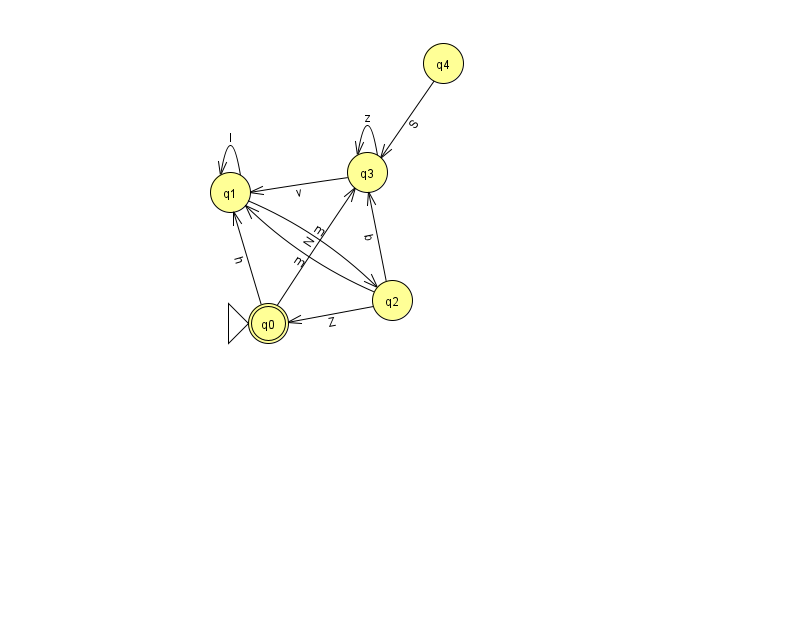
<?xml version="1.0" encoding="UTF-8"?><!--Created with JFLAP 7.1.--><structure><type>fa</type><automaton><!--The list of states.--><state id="0" name="q0"><x>268.0</x><y>310.0</y><initial/><final/></state><state id="1" name="q1"><x>230.0</x><y>179.0</y></state><state id="2" name="q2"><x>392.0</x><y>287.0</y></state><state id="3" name="q3"><x>367.0</x><y>159.0</y></state><state id="4" name="q4"><x>443.0</x><y>50.0</y></state><!--The list of transitions.--><transition><from>0</from><to>1</to><read>h</read></transition><transition><from>1</from><to>2</to><read>m</read></transition><transition><from>2</from><to>1</to><read>m</read></transition><transition><from>2</from><to>3</to><read>b</read></transition><transition><from>2</from><to>0</to><read>Z</read></transition><transition><from>3</from><to>1</to><read>v</read></transition><transition><from>3</from><to>3</to><read>z</read></transition><transition><from>0</from><to>3</to><read>N</read></transition><transition><from>4</from><to>3</to><read>S</read></transition><transition><from>1</from><to>1</to><read>l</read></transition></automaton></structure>